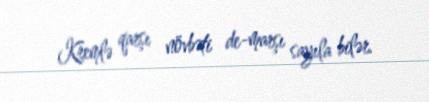
Kremlə qarşı növbəti de-marşı sayıla bilər.